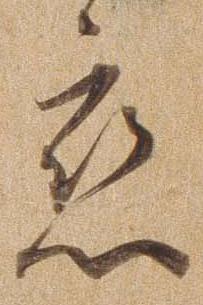
恋